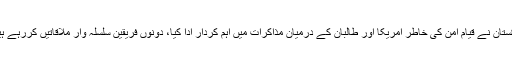
پاکستان نے قیام امن کی خاطر امریکا اور طالبان کے درمیان مذاکرات میں اہم کردار ادا کیا، دونوں فریقین سلسلہ وار ملاقاتیں کررہے ہیں۔